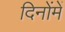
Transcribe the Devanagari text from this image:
दिनोंमें